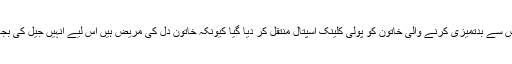
تازہ ترین اطلاعات کے مطابق پولیس سے بدتمیزی کرنے والی خاتون کو پولی کلینک اسپتال منتقل کر دیا گیا کیونکہ خاتون دل کی مریض ہیں اس لیے انہیں جیل کی بجائے آئی سی یو منتقل کر دیا گیا ہے۔